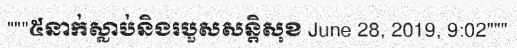
"""៥នាក់ស្លាប់និងរបួសសន្តិសុខ June 28, 2019, 9:02"""